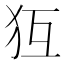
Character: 𤜷